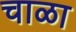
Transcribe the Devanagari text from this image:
चाळा